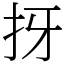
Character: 㧎